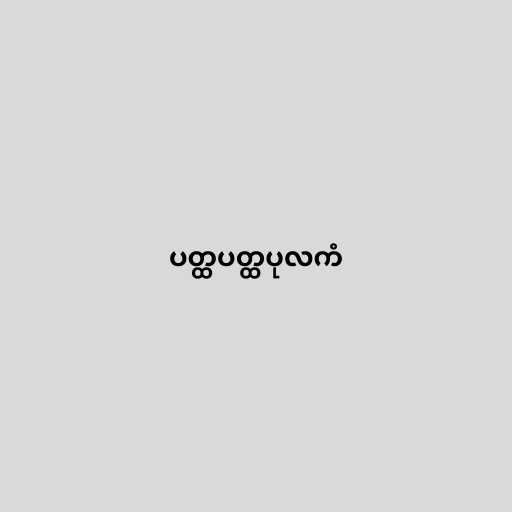
ပတ္ထပတ္ထပုလကံ